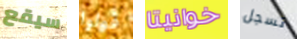
سيقع قولوا خوانيتا تسجل